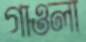
গাওলা